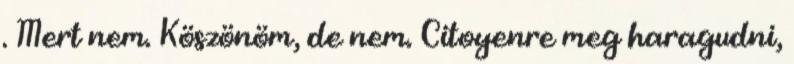
. Mert nem. Köszönöm, de nem. Citoyenre meg haragudni,